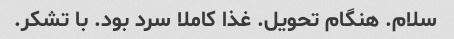
سلام. هنگام تحویل. غذا کاملا سرد بود. با تشکر.